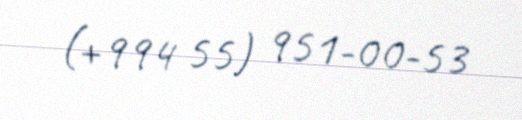
(+994 55) 951-00-53